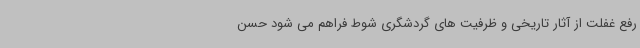
رفع غفلت از آثار تاریخی و ظرفیت های گردشگری شوط فراهم می شود حسن